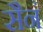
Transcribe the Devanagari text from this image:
सैनं